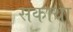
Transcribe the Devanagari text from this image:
सकाथा